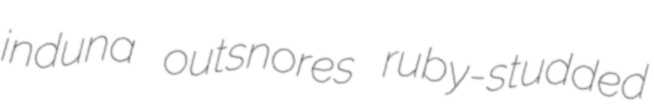
induna outsnores ruby-studded